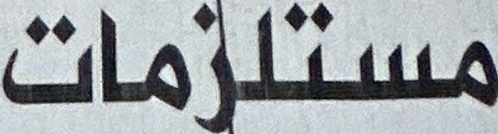
مستلزمات